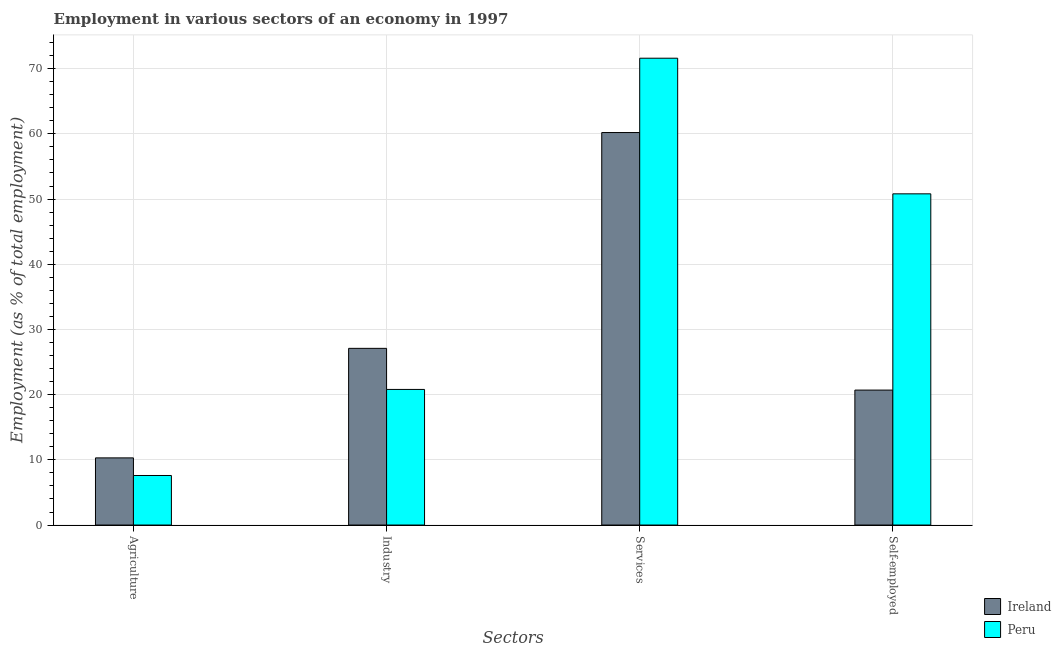
| Sectors | Ireland | Peru |
 | --- | --- | --- |
 | Agriculture | 10.3 | 7.6 |
 | Industry | 27.1 | 20.8 |
 | Services | 60.2 | 71.6 |
 | Self-employed | 20.7 | 50.8 |